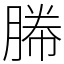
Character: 幐